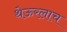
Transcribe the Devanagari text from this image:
थेऊरलाच